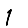
Digit: 1